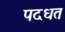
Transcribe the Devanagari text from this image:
पदधत